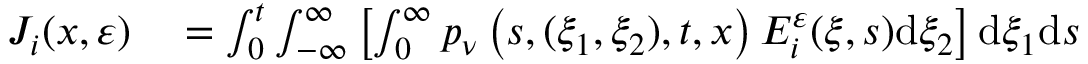
\begin{array} { r l } { J _ { i } ( x , \varepsilon ) } & { { } = \int _ { 0 } ^ { t } \int _ { - \infty } ^ { \infty } \left[ \int _ { 0 } ^ { \infty } p _ { \nu } \left( s , ( \xi _ { 1 } , \xi _ { 2 } ) , t , x \right) E _ { i } ^ { \varepsilon } ( \xi , s ) \mathrm { d } \xi _ { 2 } \right] \mathrm { d } \xi _ { 1 } \mathrm { d } s } \end{array}